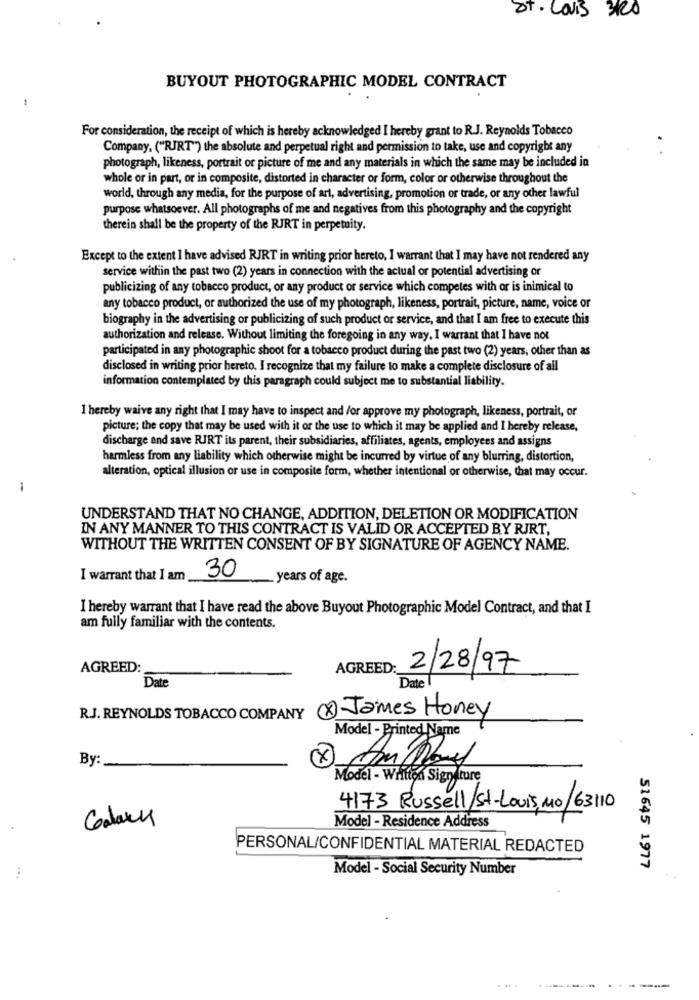
ST. Louis 3/20
BUYOUT PHOTOGRAPHIC MODEL CONTRACT
For consideration, the receipt of which is hereby acknowledged I hereby grant to R.J. Reynolds Tobacco
Company, ("RJRT") the absolute and perpetual right and permission to take, use and copyright any
photograph, likeness, portrait or picture of me and any materials in which the same may be included in
whole or in part, or in composite, distorted in character or form, color or otherwise throughout the
world, through any media, for the purpose of art, advertising, promotion or trade, or any other lawful
purpose whatsoever. All photographs of me and negatives from this photography and the copyright
therein shall be the property of the RJRT in perpetuity.
Except to the extent I have advised RJRT in writing prior hereto, I warrant that I may have not rendered any
service within the past two (2) years in connection with the actual or potential advertising or
publicizing of any tobacco product, or any product or service which competes with or is inimical to
any tobacco product, or authorized the use of my photograph, likeness, portrait, picture, name, voice or
biography in the advertising or publicizing of such product or service, and that I am free to execute this
authorization and release. Without limiting the foregoing in any way, I warrant that I have not
participated in any photographic shoot for a tobacco product during the past two (2) years, other than as
disclosed in writing prior hereto. I recognize that my failure to make a complete disclosure of all
information contemplated by this paragraph could subject me to substantial liability.
I hereby waive any right that I may have to inspect and /or approve my photograph, likeness, portrait, or
picture; the copy that may be used with it or the use to which it may be applied and I hereby release,
discharge and save RJRT its parent, their subsidiaries, affiliates, agents, employees and assigns
harmless from any liability which otherwise might be incurred by virtue of any blurring, distortion,
alteration, optical illusion or use in composite form, whether intentional or otherwise, that may occur.
1
UNDERSTAND THAT NO CHANGE, ADDITION, DELETION OR MODIFICATION
IN ANY MANNER TO THIS CONTRACT IS VALID OR ACCEPTED BY RJRT,
WITHOUT THE WRITTEN CONSENT OF BY SIGNATURE OF AGENCY NAME.
30
I warrant that I am
years of age.
I hereby warrant that I have read the above Buyout Photographic Model Contract, and that I
am fully familiar with the contents.
AGREED:
AGREED:
2/28/97
Date
Date
R.J. REYNOLDS TOBACCO COMPANY (X) James Honey
Model - Printed Name
By:
x
An Roy
Model - Written Signature
4173 Russell/St-Louis, MO/63110
Model - Residence Address
PERSONAL/CONFIDENTIAL MATERIAL REDACTED
51645 1977
Model - Social Security Number
...